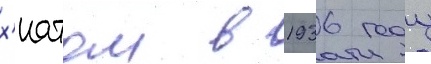
х'иатом в 1936 году